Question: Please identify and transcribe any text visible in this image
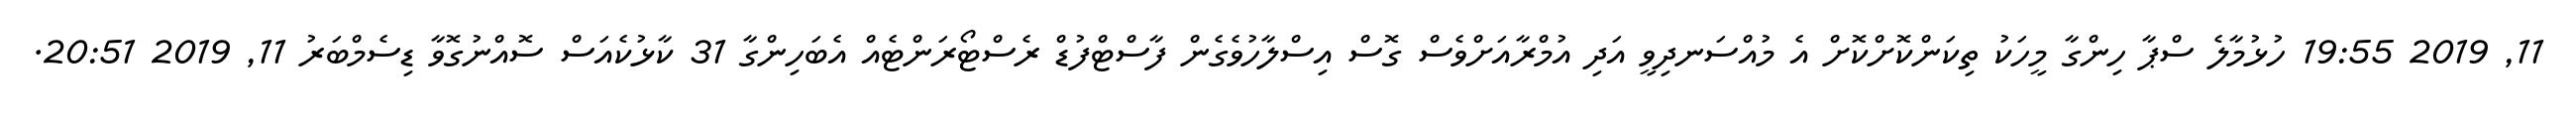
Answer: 11, 2019 19:55 ހުޅުމާލެ ސްޕާ ހިންގާ މީހަކު ތިކަންކޮށްކޮށް އެ މުއްސަނދިވީ އަދި އުމްރާއަށްވެސް ގޮސް އިސްލާހުވެގެން ފާސްޓްފުޑް ރެސްޓޯރަންޓެއް އެބަހިންގާ 31 ކާޅުކެއަސް ސޮއްނުގޮވާ ޑިސެމްބަރު 11, 2019 20:51.